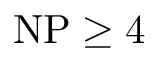
{ \mathrm { N P } } \geq 4